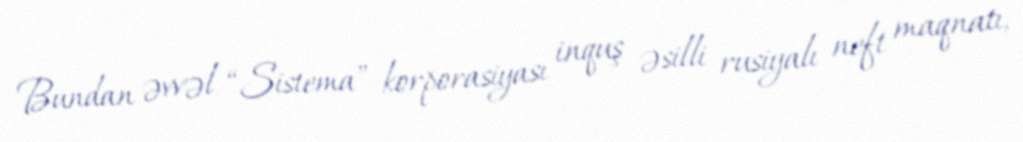
Bundan əvvəl “Sistema” korporasiyası inquş əsilli rusiyalı neft maqnatı,